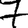
Digit: 7